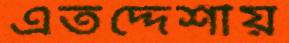
এতদ্দেশীয়